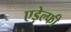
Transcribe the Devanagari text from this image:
एड़ेल्फी